Trukikaitis_Postimees, lk 184
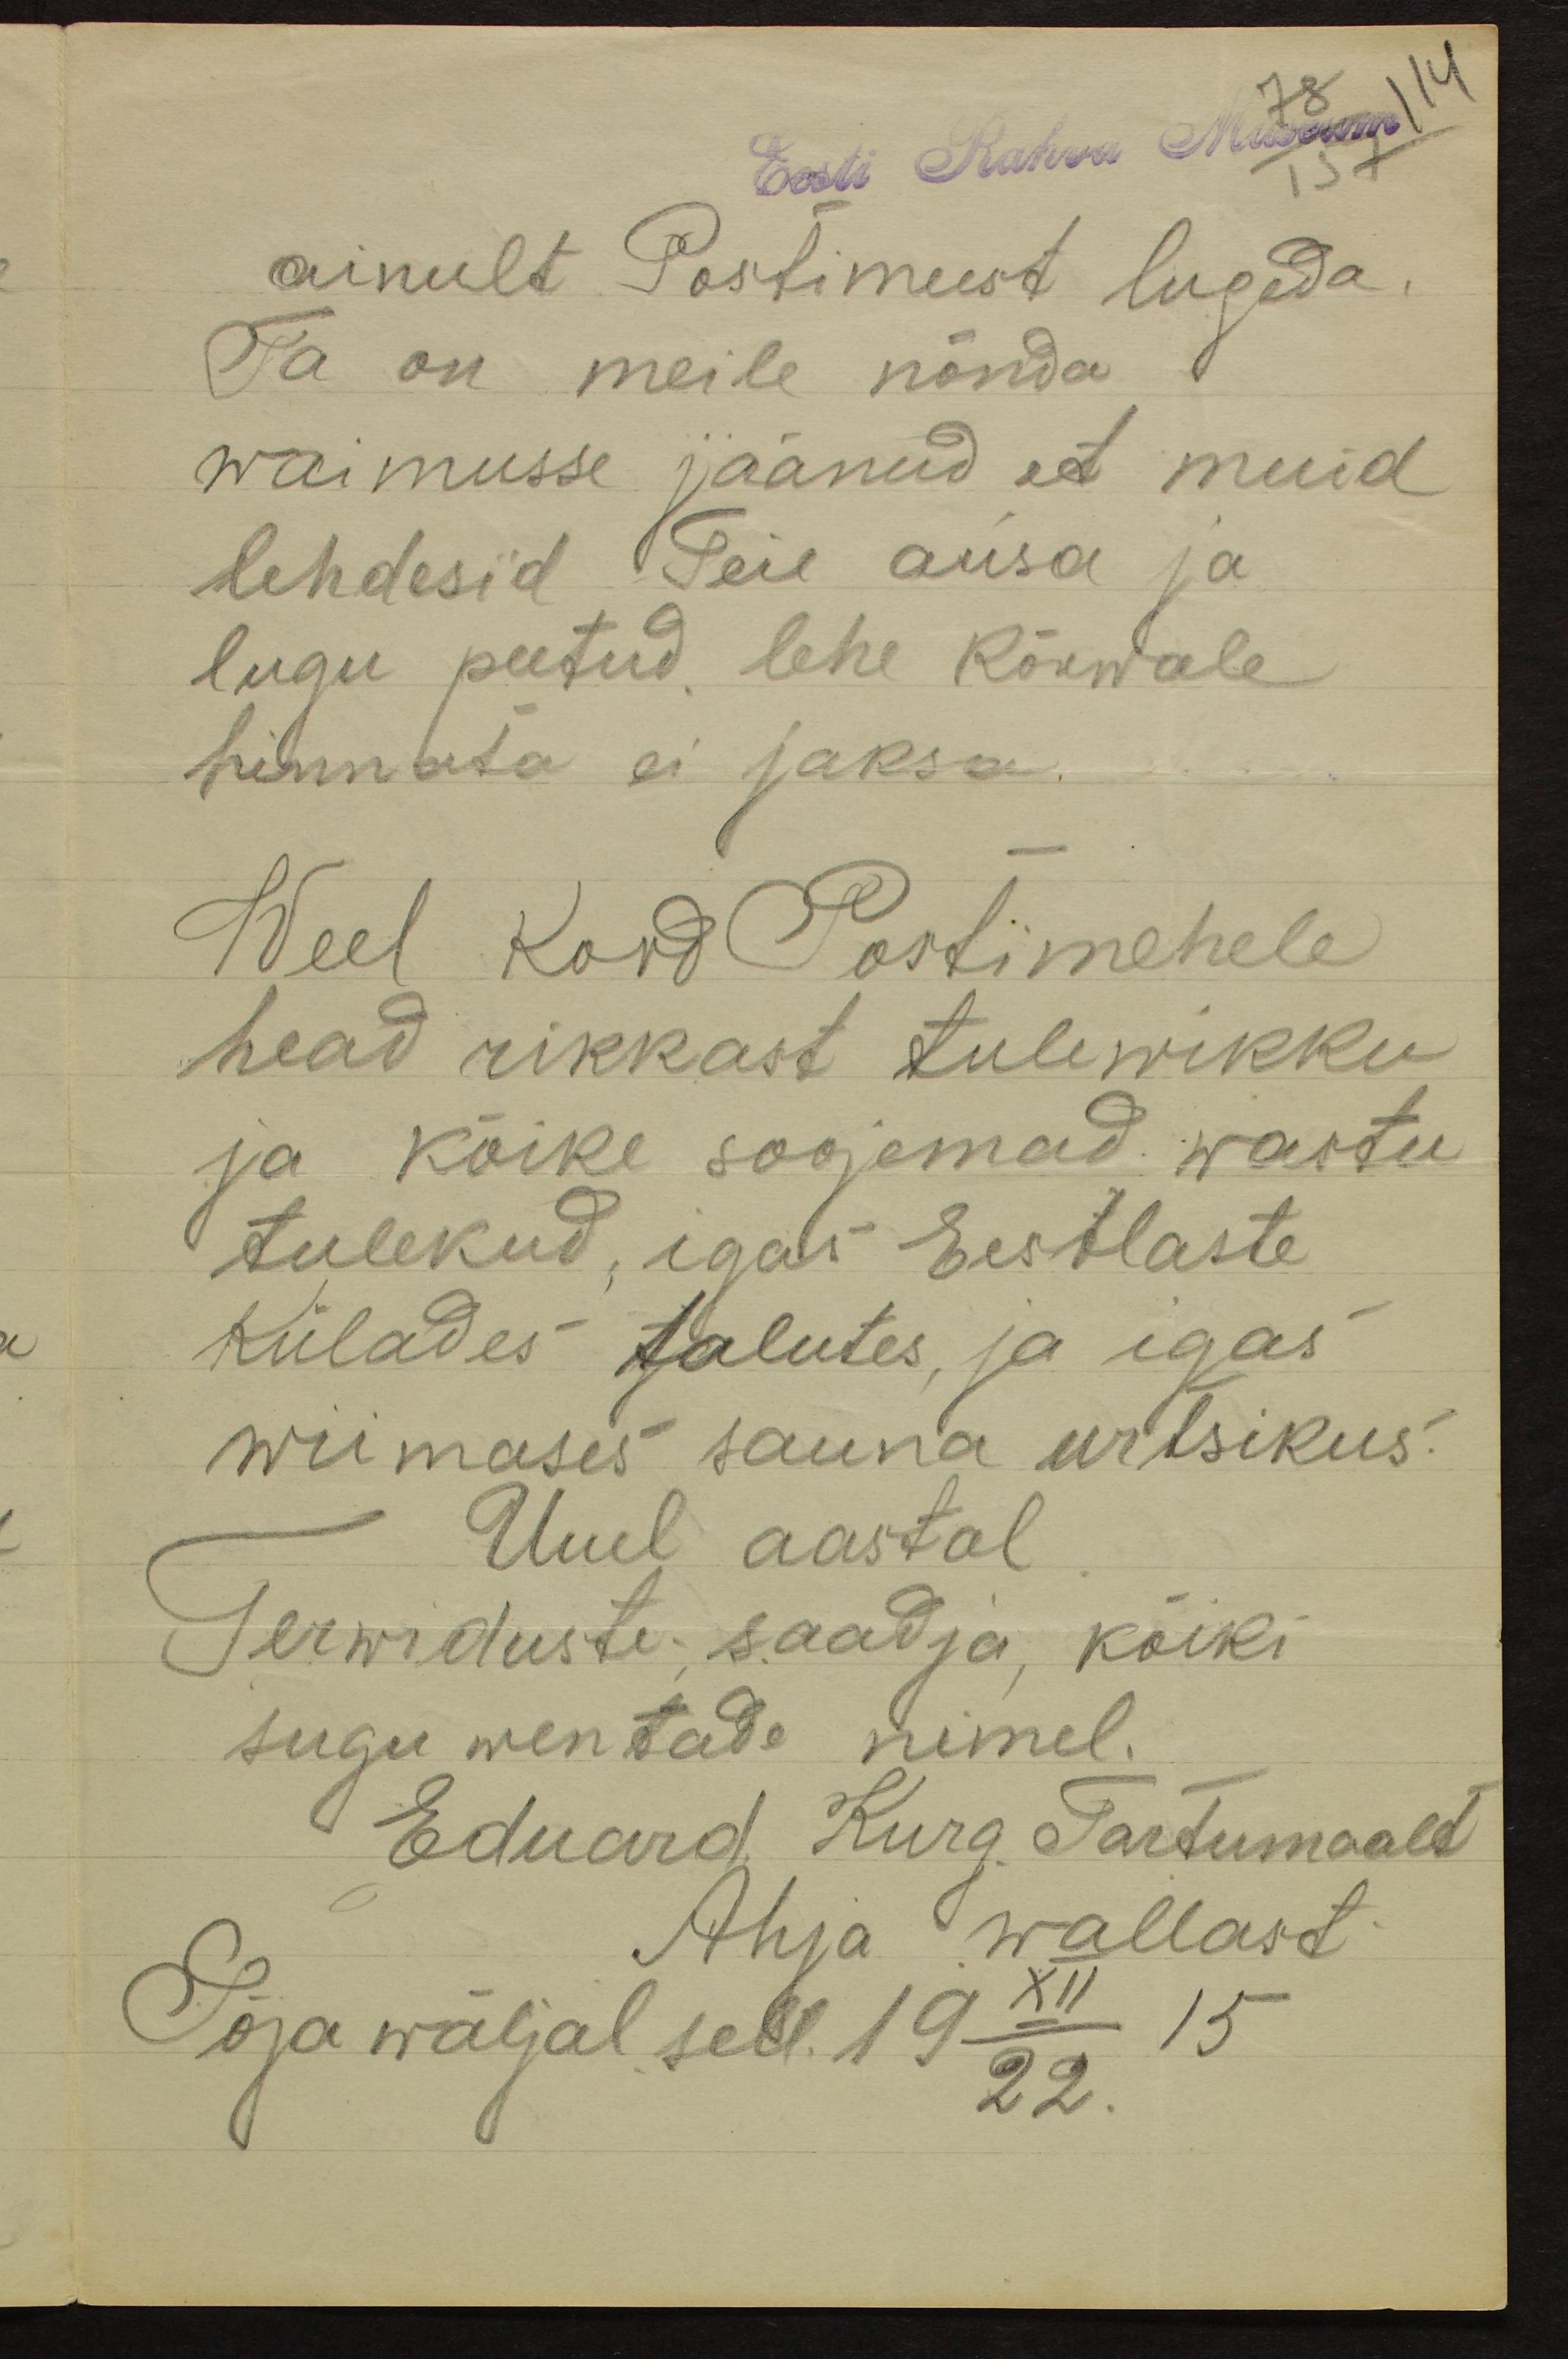
78
114
Eesti Rahva Museum
ainult Postimeest lugeda.
Ta on meile nõnda
waimusse jäänud et muid
lehdesid Teie ausa ja
lugu peetud lehe kõrwale
hinnata ei jaksa.
Weel kord Postimehele
head rikkast tulewikku
ja kõike soojemad wastu
tulekud, igas Eestlaste
külades talutes ja igas
wiimases sauna urtsikus.
Uuel aastal
Terwiduste saadja, kõiki
sugu wentade nimel.
Eduard Kurg Tartumaalt
Ahja wallast
Sõja wäljal sel. 19 XII/22 15